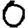
Digit: 0